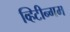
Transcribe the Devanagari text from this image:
व्हिटीन्गम